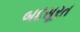
બદસૂરત